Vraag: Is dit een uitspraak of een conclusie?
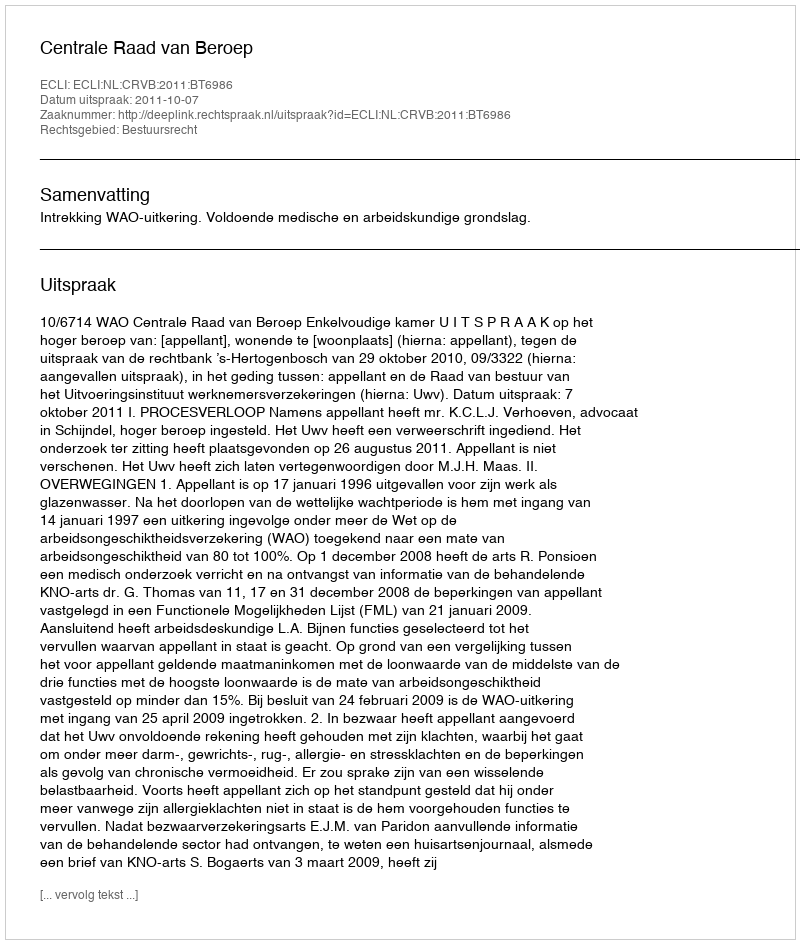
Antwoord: Uitspraak